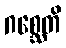
ဂစ္ဆေတိ